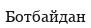
Ботбайдан